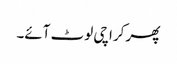
پھر کراچی لوٹ آئے۔